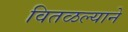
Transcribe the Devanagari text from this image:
वितळल्याने